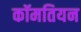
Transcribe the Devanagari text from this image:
कॉमतियन